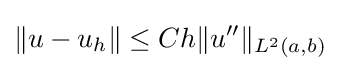
\|u-u_{h}\|\leq Ch\|u''\|_{L^{2}(a,b)}